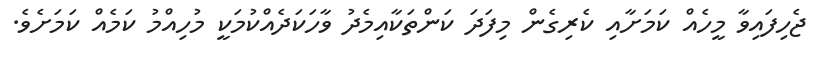
ޖެހިފައިވާ މީހެއް ކަމަށާއި ކެރިގެން މިފަދަ ކަންތަކާއިމެދު ވާހަކަދެއްކުމަކީ މުހިއްމު ކަމެއް ކަމަށެވެ.